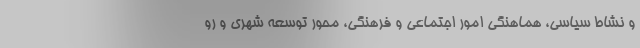
و نشاط سیاسی، هماهنگی امور اجتماعی و فرهنگی، محور توسعه شهری و رو